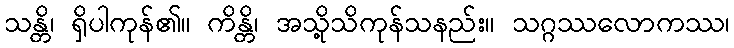
သန္တိ၊ ရှိပါကုန်၏။ ကိန္တိ၊ အသို့သိကုန်သနည်း။ သဂ္ဂဿလောကဿ၊